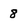
Character: 8